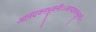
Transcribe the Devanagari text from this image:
आनंदवनभुवनी।।आनंदवनभुवनी।।